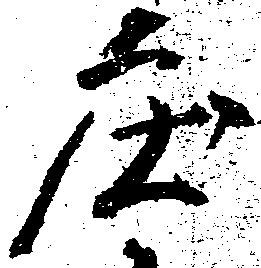
庄